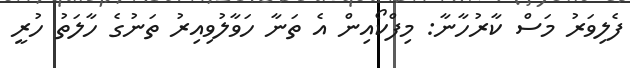
ފެލިވަރު މަސް ކާރުހާނާ: މިފްކޯއިން އެ ތަނާ ހަވާލުވިއިރު ތަނުގެ ހާލަތު ހުރީ